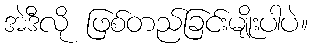
အဲဒီလို ဖြစ်တည်ခြင်းမျိုးပါပဲ။